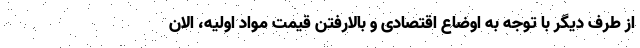
از طرف دیگر با توجه به اوضاع اقتصادی و بالارفتن قیمت مواد اولیه، الان